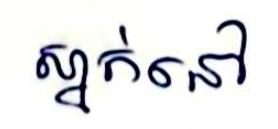
ស្នាក់នៅ